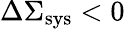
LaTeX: \Delta\Sigma_{\mathrm{sys}}<0